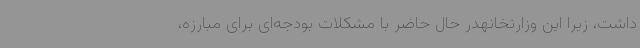
داشت، زیرا این وزارتخانهدر حال حاضر با مشکلات بودجه‌ای برای مبارزه،